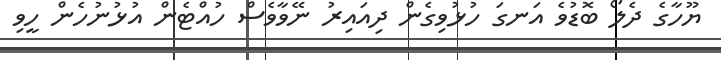
ޔޫހާގެ ދެލޯ ބޮޑުވެ އަނގަ ހުޅުވިގެން ދިއައިރު ނޭވާވެސް ހުއްޓެން އުޅުނުހެން ހީވި